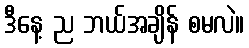
ဒီနေ့ ည ဘယ်အချိန် စမလဲ။